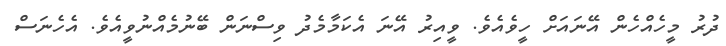
ދުރު މީހެއްހެން އޭނައަށް ހީވެއެވެ. ވީއިރު އޭނަ އެކަމާމެދު ވިސްނަން ބޭނުމެއްނުވީއެވެ. އެހެނަސް